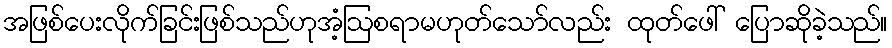
အဖြစ်ပေးလိုက်ခြင်းဖြစ်သည်ဟုအံ့ဩစရာမဟုတ်သော်လည်း ထုတ်ဖေါ် ပြောဆိုခဲ့သည်။